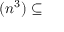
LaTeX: ( n ^ { 3 } ) \subseteq